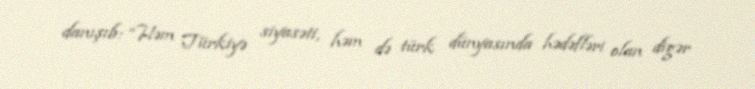
danışıb: “Həm Türkiyə siyasəti, həm də türk dünyasında hədəfləri olan digər